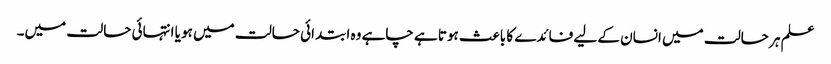
علم ہر حالت میں انسان کے لیے فائدے کا باعث ہوتا ہے چاہے وہ ابتدائی حالت میں ہو یا انتہائی حالت میں۔